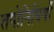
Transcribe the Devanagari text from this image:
तपोनिधियों